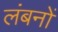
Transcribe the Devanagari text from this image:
लंबनों